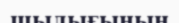
шылығының